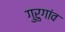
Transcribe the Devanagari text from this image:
गुरुगांव